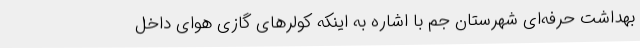
بهداشت حرفه‌ای شهرستان جم با اشاره به اینکه کولرهای گازی هوای داخل